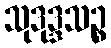
သုဒုဒ္ဒသဉ္စ